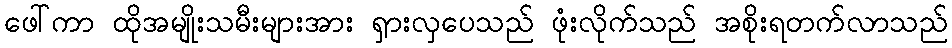
ဖေါ်ကာ ထိုအမျိုးသမီးများအား ရှားလှပေသည် ဖုံးလိုက်သည် အစိုးရတက်လာသည်